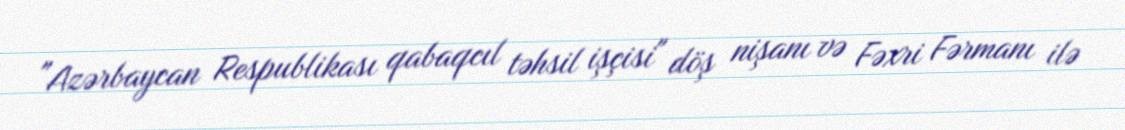
"Azərbaycan Respublikası qabaqcıl təhsil işçisi" döş nişanı və Fəxri Fərmanı ilə